Leaving Certificate Examination, 1918
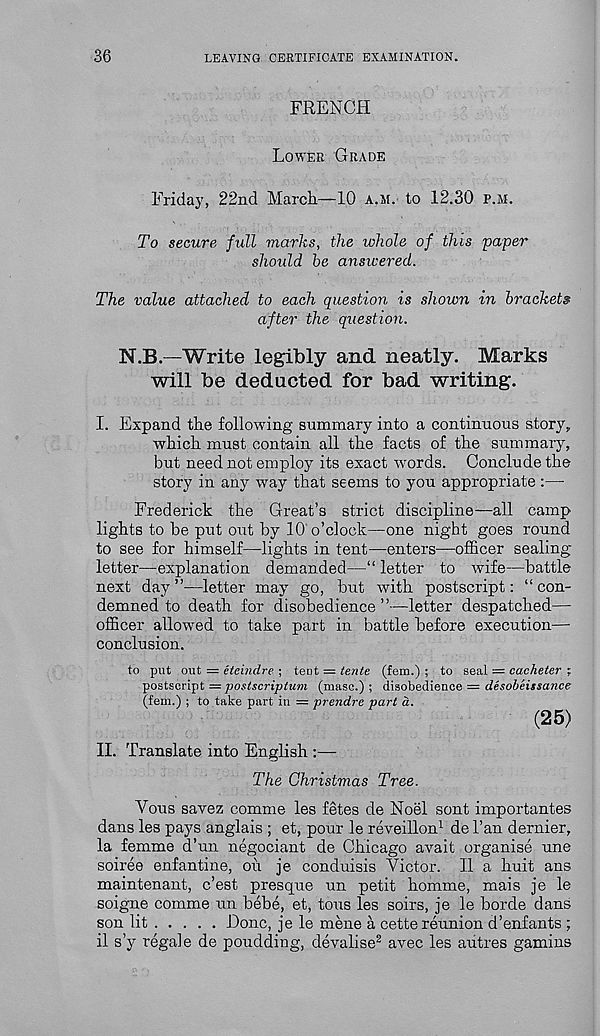
36
LEAVING CERTIFICATE EXAMINATION.
FRENCH
Lower Grade
Friday, 22nd March—10 a.m. to 12.30 p.m.
To secure full marks, the whole of this paper
should be answered.
The value attached to each question is shown in brackets
after the question.
N.B.—Write legibly and neatly. Marks
will be deducted for bad writing.
I. Expand the following summary into a continuous story,
which must contain all the facts of the summary,
but need not employ its exact w-ords. Conclude the
story in any way that seems to you appropriate:—-
Frederick the Great’s strict discipline—all camp
lights to be put out by 10 o’clock—one night goes round
to see for himself—lights in tent—enters—officer sealing
letter—explanation demanded—“ letter to wife—battle
next day ”—letter may go, but with postscript: “ con-
demned to death for disobedience’’—letter despatched—
officer allowed to take part in battle before execution—■
conclusion.
to put out = eteindre ; teat = tente (fem.) ; to seal = cacheter ;
postscript = postscriptum (masc.) ; disobedience = desobeissance
(fem.) ; to take part in = prendre part d.
(25)
II. Translate into English :—
The Christmas Tree.
Vous savez comme les fetes de Noel sont importantes
dans les pays anglais ; et, pour le reveillon 1 de 1’an dernier,
la femme d’un negociant de Chicago avait organise une
soiree enfantine, oil je conduisis Victor. II a huit ans
maintenant, c’est presque un petit homme, mais je le
soigne comme un bebe, et, tons les soirs, je le horde dans
son lit
Done, je le mene a cette reunion d’enfants ;
il s’y regale de poudding, devalise 2 avec les aiitres gamins